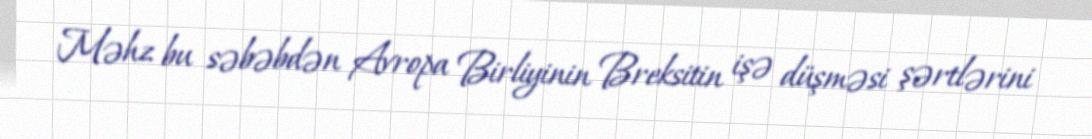
Məhz bu səbəbdən Avropa Birliyinin Breksitin işə düşməsi şərtlərini